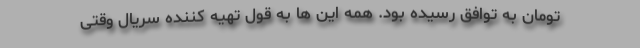
تومان به توافق رسیده بود. همه این ها به قول تهیه کننده سریال وقتی